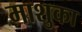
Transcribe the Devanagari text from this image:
माशुका